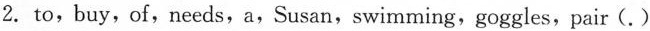
2.to,buy,of,needs,a,Susan,swimming,goggles,pair(.)